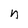
Character: n